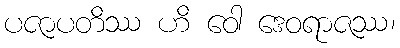
ပဇာပတိဿ ဟိ ဝေါ ဒေဝရာဇဿ၊